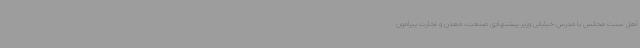
اهل سنت مجلس با مدرس خیابانی وزیر پیشنهادی صنعت، معدن و تجارت پیرامون